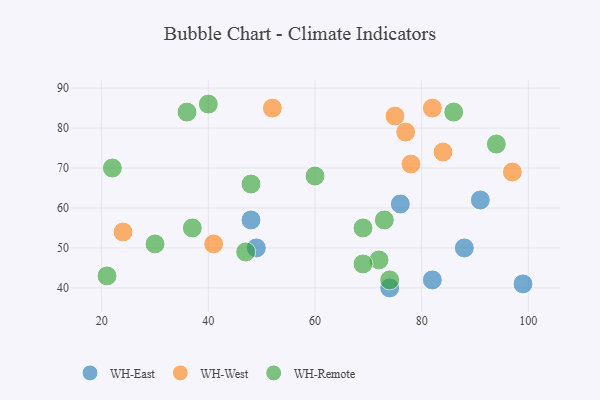
{"axis": {"x": "GDP", "y": "Life Expectancy"}, "legend": ["WH-East", "WH-Remote", "WH-West"], "data": [{"x": "99", "y": 41, "type": "WH-East"}, {"x": "74", "y": 40, "type": "WH-East"}, {"x": "82", "y": 42, "type": "WH-East"}, {"x": "48", "y": 57, "type": "WH-East"}, {"x": "88", "y": 50, "type": "WH-East"}, {"x": "91", "y": 62, "type": "WH-East"}, {"x": "76", "y": 61, "type": "WH-East"}, {"x": "49", "y": 50, "type": "WH-East"}, {"x": "52", "y": 85, "type": "WH-West"}, {"x": "75", "y": 83, "type": "WH-West"}, {"x": "78", "y": 71, "type": "WH-West"}, {"x": "82", "y": 85, "type": "WH-West"}, {"x": "77", "y": 79, "type": "WH-West"}, {"x": "24", "y": 54, "type": "WH-West"}, {"x": "84", "y": 74, "type": "WH-West"}, {"x": "41", "y": 51, "type": "WH-West"}, {"x": "97", "y": 69, "type": "WH-West"}, {"x": "74", "y": 42, "type": "WH-Remote"}, {"x": "94", "y": 76, "type": "WH-Remote"}, {"x": "72", "y": 47, "type": "WH-Remote"}, {"x": "37", "y": 55, "type": "WH-Remote"}, {"x": "86", "y": 84, "type": "WH-Remote"}, {"x": "48", "y": 66, "type": "WH-Remote"}, {"x": "22", "y": 70, "type": "WH-Remote"}, {"x": "36", "y": 84, "type": "WH-Remote"}, {"x": "47", "y": 49, "type": "WH-Remote"}, {"x": "73", "y": 57, "type": "WH-Remote"}, {"x": "69", "y": 46, "type": "WH-Remote"}, {"x": "60", "y": 68, "type": "WH-Remote"}, {"x": "69", "y": 55, "type": "WH-Remote"}, {"x": "30", "y": 51, "type": "WH-Remote"}, {"x": "40", "y": 86, "type": "WH-Remote"}, {"x": "21", "y": 43, "type": "WH-Remote"}]}